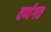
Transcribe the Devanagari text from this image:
वर्णगत